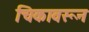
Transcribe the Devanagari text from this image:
चिकावरून